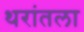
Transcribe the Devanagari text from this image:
थरांतला